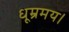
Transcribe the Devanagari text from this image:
धूम्रमय।